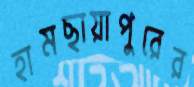
হামছায়াপুরের